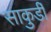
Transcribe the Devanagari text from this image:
साकुर्डी